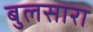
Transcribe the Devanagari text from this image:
बुलसारा